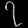
Digit: ၇